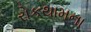
રોકથામના